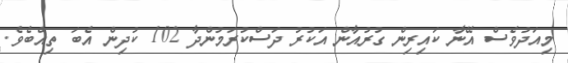
މިއަދުވެސް އޭނާ ކައިރިން ގުރުއާން އަކުރު ދަސްކުރަމުންދާ 102 ކުދިން އެބަ ތިއްބެވެ.